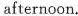
afternoon.